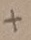
Text: +